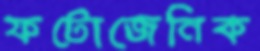
ফটোজেনিক